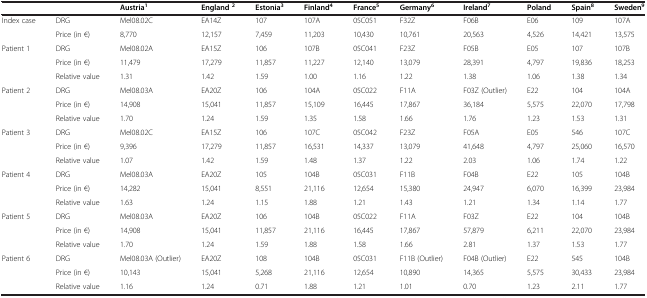
<table><thead><tr><td><b> </b></td><td><b> </b></td><td><b>Austria<sup>1</sup></b></td><td><b>England<sup>2</sup></b></td><td><b>Estonia<sup>3</sup></b></td><td><b>Finland<sup>4</sup></b></td><td><b>France<sup>5</sup></b></td><td><b>Germany<sup>6</sup></b></td><td><b>Ireland<sup>7</sup></b></td><td><b>Poland</b></td><td><b>Spain<sup>8</sup></b></td><td><b>Sweden<sup>9</sup></b></td></tr></thead><tbody><tr><td>Index case</td><td>DRG</td><td>Mel08.02C</td><td>EA14Z</td><td>107</td><td>107A</td><td>05C051</td><td>F32Z</td><td>F06B</td><td>E06</td><td>109</td><td>107A</td></tr><tr><td> </td><td>Price (in €)</td><td>8,770</td><td>12,157</td><td>7,459</td><td>11,203</td><td>10,430</td><td>10,761</td><td>20,563</td><td>4,526</td><td>14,421</td><td>13,575</td></tr><tr><td>Patient 1</td><td>DRG</td><td>Mel08.02A</td><td>EA15Z</td><td>106</td><td>107B</td><td>05C041</td><td>F23Z</td><td>F05B</td><td>E05</td><td>107</td><td>107B</td></tr><tr><td> </td><td>Price (in €)</td><td>11,479</td><td>17,279</td><td>11,857</td><td>11,227</td><td>12,140</td><td>13,079</td><td>28,391</td><td>4,797</td><td>19,836</td><td>18,253</td></tr><tr><td> </td><td>Relative value</td><td>1.31</td><td>1.42</td><td>1.59</td><td>1.00</td><td>1.16</td><td>1.22</td><td>1.38</td><td>1.06</td><td>1.38</td><td>1.34</td></tr><tr><td>Patient 2</td><td>DRG</td><td>Mel08.03A</td><td>EA20Z</td><td>106</td><td>104A</td><td>05C022</td><td>F11A</td><td>F03Z (Outlier)</td><td>E22</td><td>104</td><td>104A</td></tr><tr><td> </td><td>Price (in €)</td><td>14,908</td><td>15,041</td><td>11,857</td><td>15,109</td><td>16,445</td><td>17,867</td><td>36,184</td><td>5,575</td><td>22,070</td><td>17,798</td></tr><tr><td> </td><td>Relative value</td><td>1.70</td><td>1.24</td><td>1.59</td><td>1.35</td><td>1.58</td><td>1.66</td><td>1.76</td><td>1.23</td><td>1.53</td><td>1.31</td></tr><tr><td>Patient 3</td><td>DRG</td><td>Mel08.02C</td><td>EA15Z</td><td>106</td><td>107C</td><td>05C042</td><td>F23Z</td><td>F05A</td><td>E05</td><td>546</td><td>107C</td></tr><tr><td> </td><td>Price (in €)</td><td>9,396</td><td>17,279</td><td>11,857</td><td>16,531</td><td>14,337</td><td>13,079</td><td>41,648</td><td>4,797</td><td>25,060</td><td>16,570</td></tr><tr><td> </td><td>Relative value</td><td>1.07</td><td>1.42</td><td>1.59</td><td>1.48</td><td>1.37</td><td>1.22</td><td>2.03</td><td>1.06</td><td>1.74</td><td>1.22</td></tr><tr><td>Patient 4</td><td>DRG</td><td>Mel08.03A</td><td>EA20Z</td><td>105</td><td>104B</td><td>05C031</td><td>F11B</td><td>F04B</td><td>E22</td><td>105</td><td>104B</td></tr><tr><td> </td><td>Price (in €)</td><td>14,282</td><td>15,041</td><td>8,551</td><td>21,116</td><td>12,654</td><td>15,380</td><td>24,947</td><td>6,070</td><td>16,399</td><td>23,984</td></tr><tr><td> </td><td>Relative value</td><td>1.63</td><td>1.24</td><td>1.15</td><td>1.88</td><td>1.21</td><td>1.43</td><td>1.21</td><td>1.34</td><td>1.14</td><td>1.77</td></tr><tr><td>Patient 5</td><td>DRG</td><td>Mel08.03A</td><td>EA20Z</td><td>106</td><td>104B</td><td>05C022</td><td>F11A</td><td>F03Z</td><td>E22</td><td>104</td><td>104B</td></tr><tr><td> </td><td>Price (in €)</td><td>14,908</td><td>15,041</td><td>11,857</td><td>21,116</td><td>16,445</td><td>17,867</td><td>57,879</td><td>6,211</td><td>22,070</td><td>23,984</td></tr><tr><td> </td><td>Relative value</td><td>1.70</td><td>1.24</td><td>1.59</td><td>1.88</td><td>1.58</td><td>1.66</td><td>2.81</td><td>1.37</td><td>1.53</td><td>1.77</td></tr><tr><td>Patient 6</td><td>DRG</td><td>Mel08.03A (Outlier)</td><td>EA20Z</td><td>108</td><td>104B</td><td>05C031</td><td>F11B (Outlier)</td><td>F04B (Outlier)</td><td>E22</td><td>545</td><td>104B</td></tr><tr><td> </td><td>Price (in €)</td><td>10,143</td><td>15,041</td><td>5,268</td><td>21,116</td><td>12,654</td><td>10,890</td><td>14,365</td><td>5,575</td><td>30,433</td><td>23,984</td></tr><tr><td> </td><td>Relative value</td><td>1.16</td><td>1.24</td><td>0.71</td><td>1.88</td><td>1.21</td><td>1.01</td><td>0.70</td><td>1.23</td><td>2.11</td><td>1.77</td></tr></tbody></table>